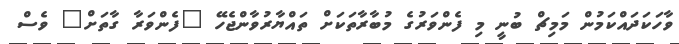
ވާހަކަދައްކަމުން މަމިޗް ބުނީ މި ފެންވަރުގެ މުބާރާތަކަށް ތައްޔާރުވާންޖެހޭ "ފެންވަރާ ގާތަށް" ވެސް